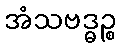
အံသဗဒ္ဓဉ္စ